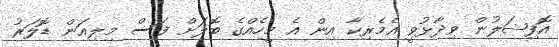
އޮފިޝަލުން ވިދާޅުވީ އެމެރިކާ އިން އެ މީހެއްގެ ބޮލަށް ފަސް މިލިއަން ޑޮލަރު